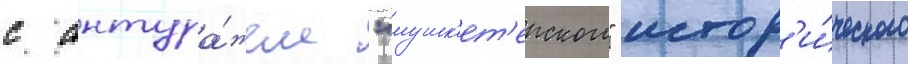
с антура́жем "мушк'ет'ерского" истор'и́ческого